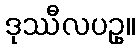
ဒုဿီလပဥှ။